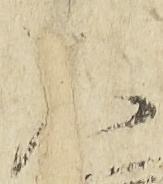
不